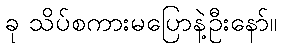
ခု သိပ်စကားမပြောနဲ့ဦးနော်။